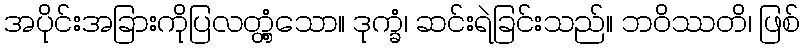
အပိုင်းအခြားကိုပြလတ္တံ့သော။ ဒုက္ခံ၊ ဆင်းရဲခြင်းသည်။ ဘဝိဿတိ၊ ဖြစ်